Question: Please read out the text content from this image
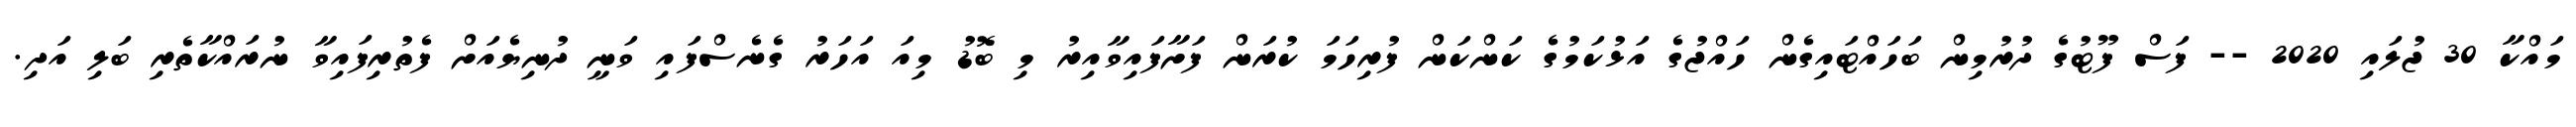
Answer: މައްކާ 30 ޖުލައި 2020 -- ފަސް ފޫޓުގެ ދުރުމިން ބަހައްޓައިގެން ހައްޖުގެ އަޅުކަމުގެ ކަންކަން ފުރިހަމަ ކުރަން ފަށާފައިވާއިރު މި ބޮޑު މިއަ އަހަރު ގެނެސްފައި ވަނީ ދުނިޔެއަށް ފެތުރިފައިވާ ނުރައްކާތެރި ބަލި އަދި.